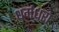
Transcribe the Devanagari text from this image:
धर्मधरा